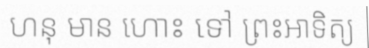
ហនុ មាន ហោះ ទៅ ព្រះអាទិត្យ